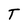
Character: T